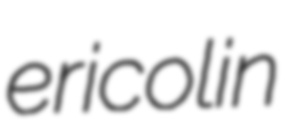
ericolin